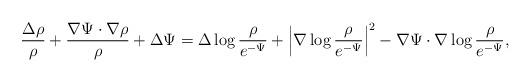
LaTeX: \begin{align*}\frac{\Delta\rho}{\rho}+\frac{\nabla \Psi\cdot\nabla\rho}{\rho}+\Delta \Psi=\Delta\log\frac{\rho}{e^{-\Psi}}+\Big|\nabla\log\frac{\rho}{e^{-\Psi}}\Big|^{2}-\nabla \Psi\cdot\nabla\log\frac{\rho}{e^{-\Psi}},\end{align*}